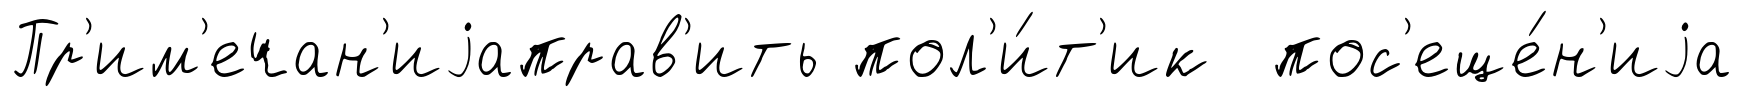
Пр'им'ечан'иjаправ'ить пол'и́т'ик пос'еще́н'иjа